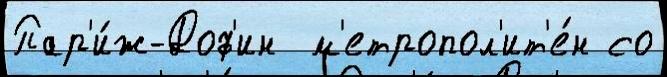
Пар'и́ж-Доф'ин  м'етропол'ит'е́н со